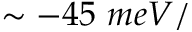
\sim - 4 5 \ m e V / \